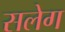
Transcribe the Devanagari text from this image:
सलेग